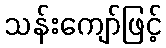
သန်းကျော်ဖြင့်